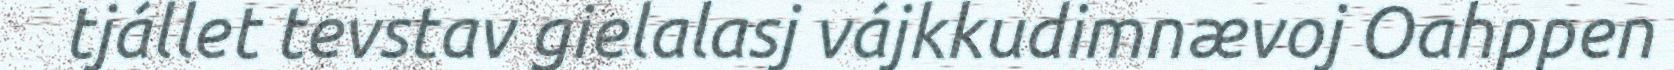
tjállet tevstav gielalasj vájkkudimnævoj Oahppen